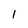
Character: l